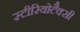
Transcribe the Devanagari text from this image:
स्टीरियोटैक्सी